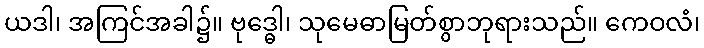
ယဒါ၊ အကြင်အခါ၌။ ဗုဒ္ဓေါ၊ သုမေဓာမြတ်စွာဘုရားသည်။ ကေဝလံ၊